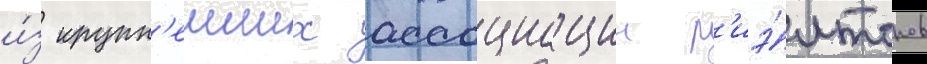
и́з крупн'еиших ассоциации р'иэ́лторов